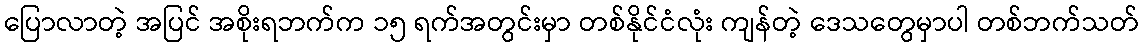
ပြောလာတဲ့ အပြင် အစိုးရဘက်က ၁၅ ရက်အတွင်းမှာ တစ်နိုင်ငံလုံး ကျန်တဲ့ ဒေသတွေမှာပါ တစ်ဘက်သတ်